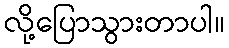
လို့ပြောသွားတာပါ။